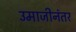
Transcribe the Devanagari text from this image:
उमाजीनंतर